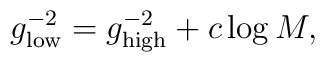
g^{-2}_{\rm low} = g^{-2}_{\rm high} + c \log M,